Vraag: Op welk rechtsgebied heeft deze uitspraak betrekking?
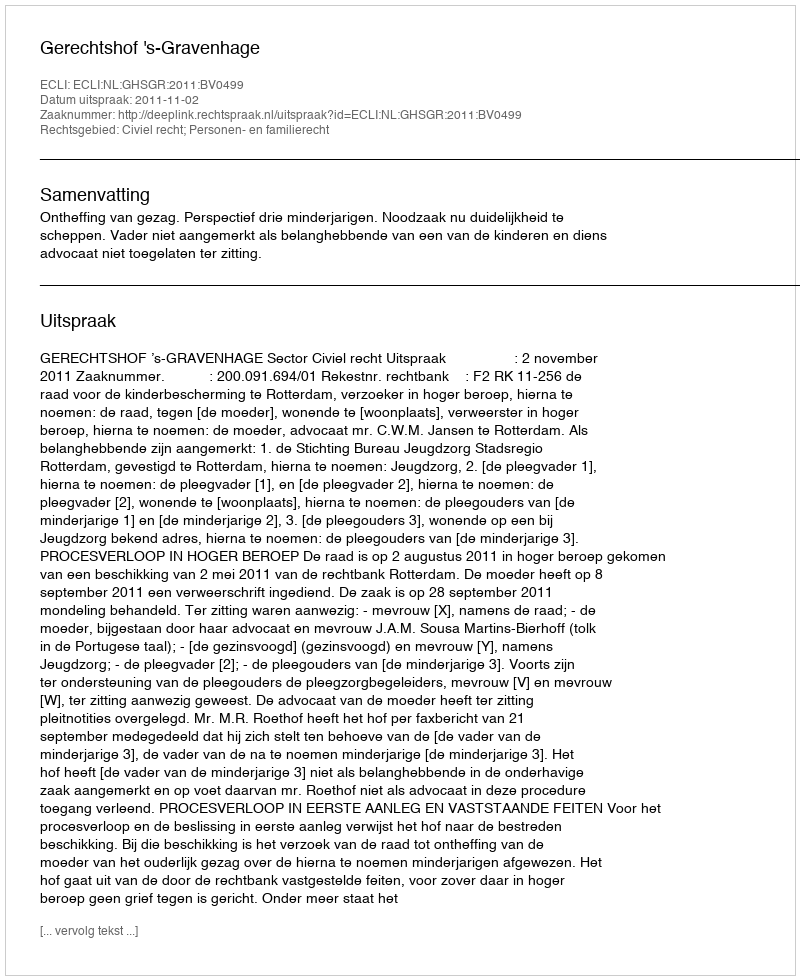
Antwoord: Civiel recht; Personen- en familierecht